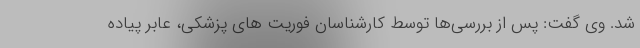
شد. وی گفت: پس از بررسی‌ها توسط کارشناسان فوریت های پزشکی، عابر پیاده